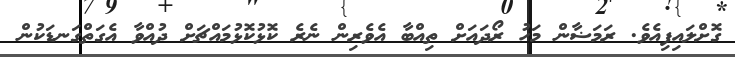
ގޮށްލައިފިއެވެ. ރަމަޟާން މަހު ރޯދައަށް ތިއްބާ އެވެރިން ނެރެ ކޮޅުކޮޅުމައްޗަށް ދުއްވާ އެގަތްގަނޑަކުން